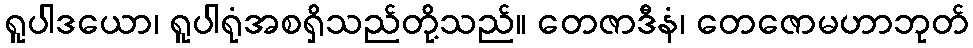
ရူပါဒယော၊ ရူပါရုံအစရှိသည်တို့သည်။ တေဇာဒီနံ၊ တေဇောမဟာဘုတ်